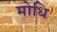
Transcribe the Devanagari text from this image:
मोधि